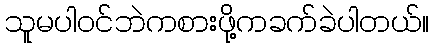
သူမပါဝင်ဘဲကစားဖို့ကခက်ခဲပါတယ်။